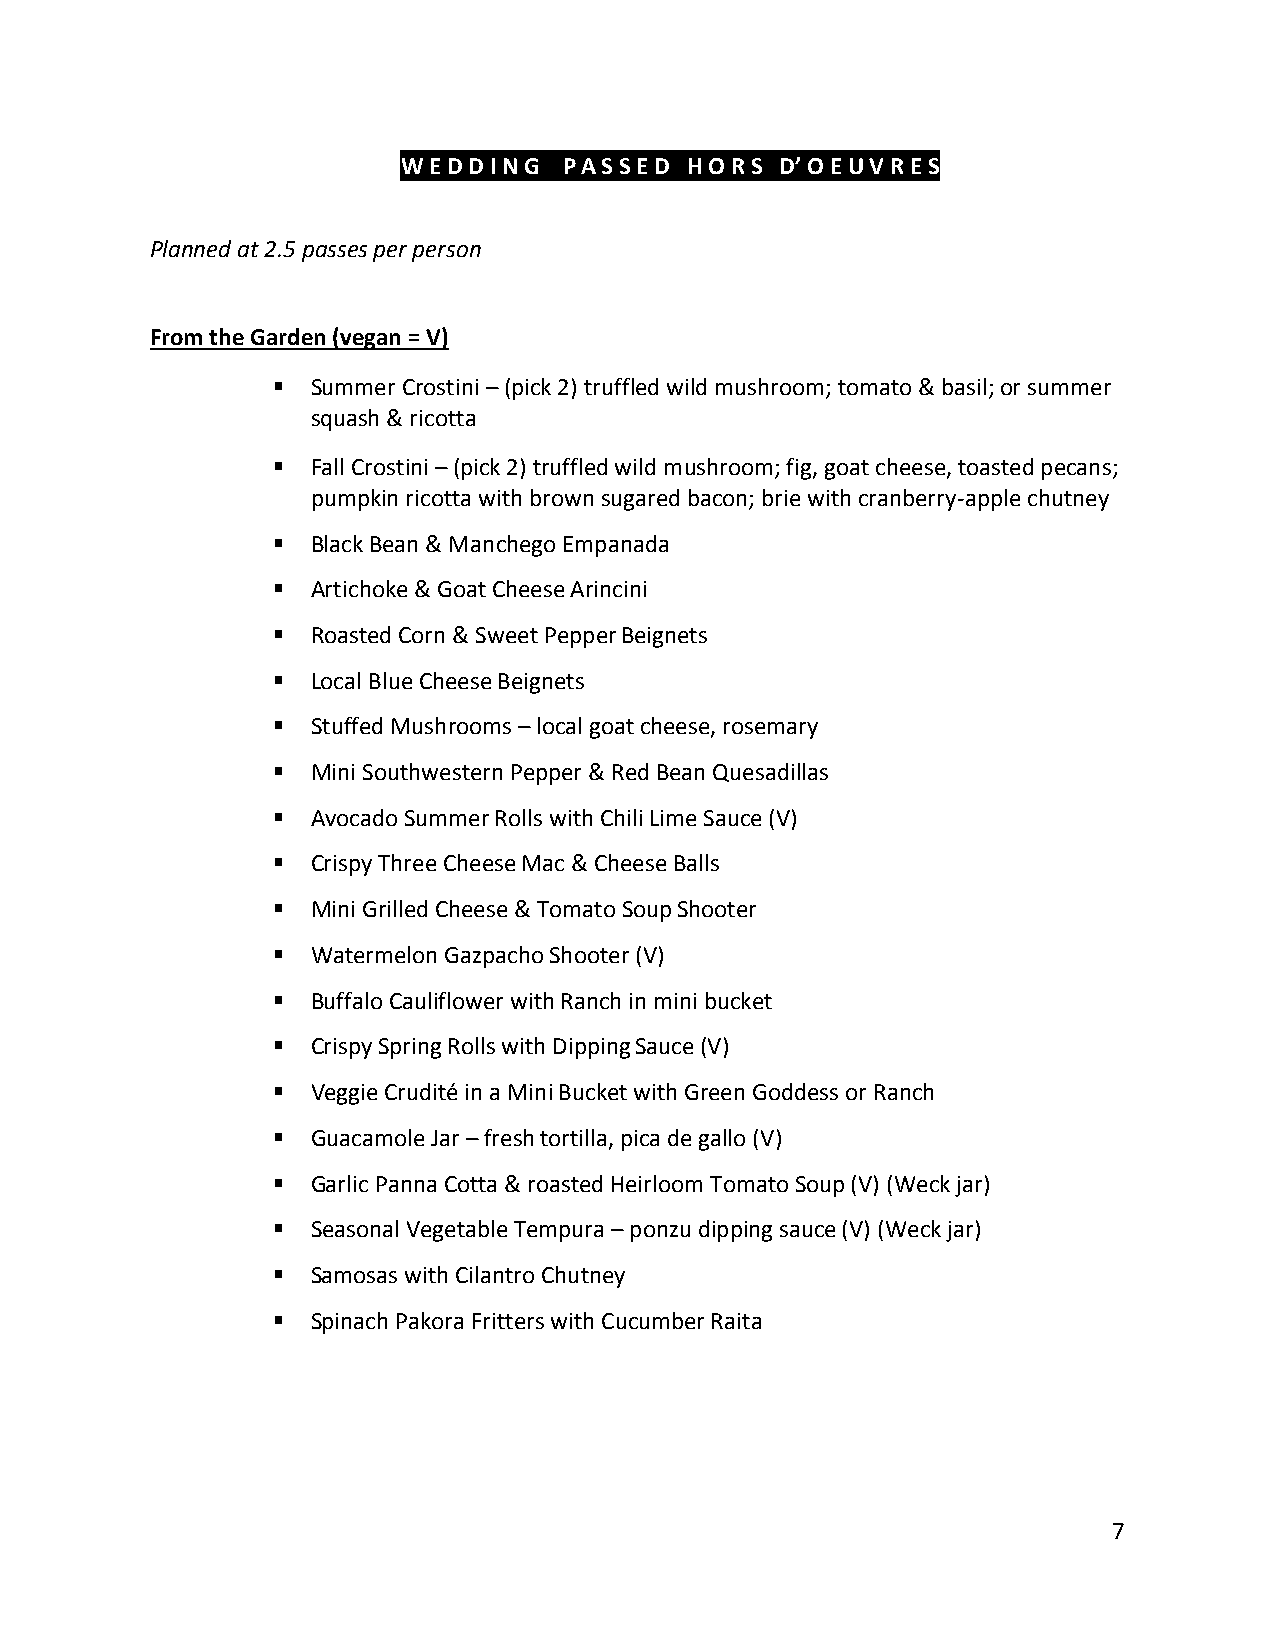
W E D D I N G P A S S E D H O R S D’ O E U V R E S
 Planned at 2.5 passes per person
 From the Garden (vegan = V)
 ▪  Summer Crostini – (pick 2) truffled wild mushroom; tomato & basil; or summer
 squash & ricotta
 ▪  Fall Crostini – (pick 2) truffled wild mushroom; fig, goat cheese, toasted pecans;
 pumpkin ricotta with brown sugared bacon; brie with cranberry-apple chutney
 ▪  Black Bean & Manchego Empanada
 ▪  Artichoke & Goat Cheese Arincini
 ▪  Roasted Corn & Sweet Pepper Beignets
 ▪  Local Blue Cheese Beignets
 ▪  Stuffed Mushrooms – local goat cheese, rosemary
 ▪  Mini Southwestern Pepper & Red Bean Quesadillas
 ▪  Avocado Summer Rolls with Chili Lime Sauce (V)
 ▪  Crispy Three Cheese Mac & Cheese Balls
 ▪  Mini Grilled Cheese & Tomato Soup Shooter
 ▪  Watermelon Gazpacho Shooter (V)
 ▪  Buffalo Cauliflower with Ranch in mini bucket
 ▪  Crispy Spring Rolls with Dipping Sauce (V)
 ▪  Veggie Crudité in a Mini Bucket with Green Goddess or Ranch
 ▪  Guacamole Jar – fresh tortilla, pica de gallo (V)
 ▪  Garlic Panna Cotta & roasted Heirloom Tomato Soup (V) (Weck jar)
 ▪  Seasonal Vegetable Tempura – ponzu dipping sauce (V) (Weck jar)
 ▪  Samosas with Cilantro Chutney
 ▪  Spinach Pakora Fritters with Cucumber Raita
 7